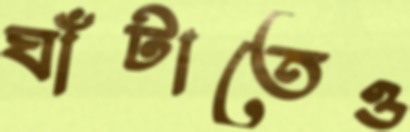
ঘাঁটাতেও